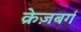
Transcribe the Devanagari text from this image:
क्रेज़बर्ग